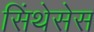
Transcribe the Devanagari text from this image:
सिंथेसेस